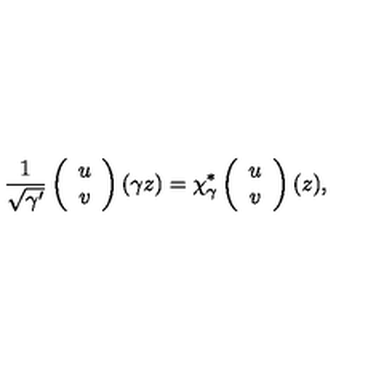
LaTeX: { \frac { 1 } { \sqrt { \gamma ^ { \prime } } } } \left( \begin{array} { c } { u } \\ { v } \\ \end{array} \right) ( \gamma z ) = \chi _ { \gamma } ^ { * } \left( \begin{array} { c } { u } \\ { v } \\ \end{array} \right) ( z ) ,